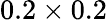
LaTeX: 0.2\times 0.2